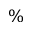
\%